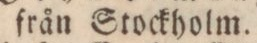
från Stockholm.